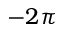
- 2 \pi